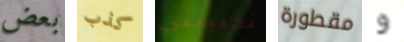
بعض كذب تحبينني مقطورة و